NAE_ERA_R-1765_ENSV_Kirjanike_Liit_1945-1955, lk 35
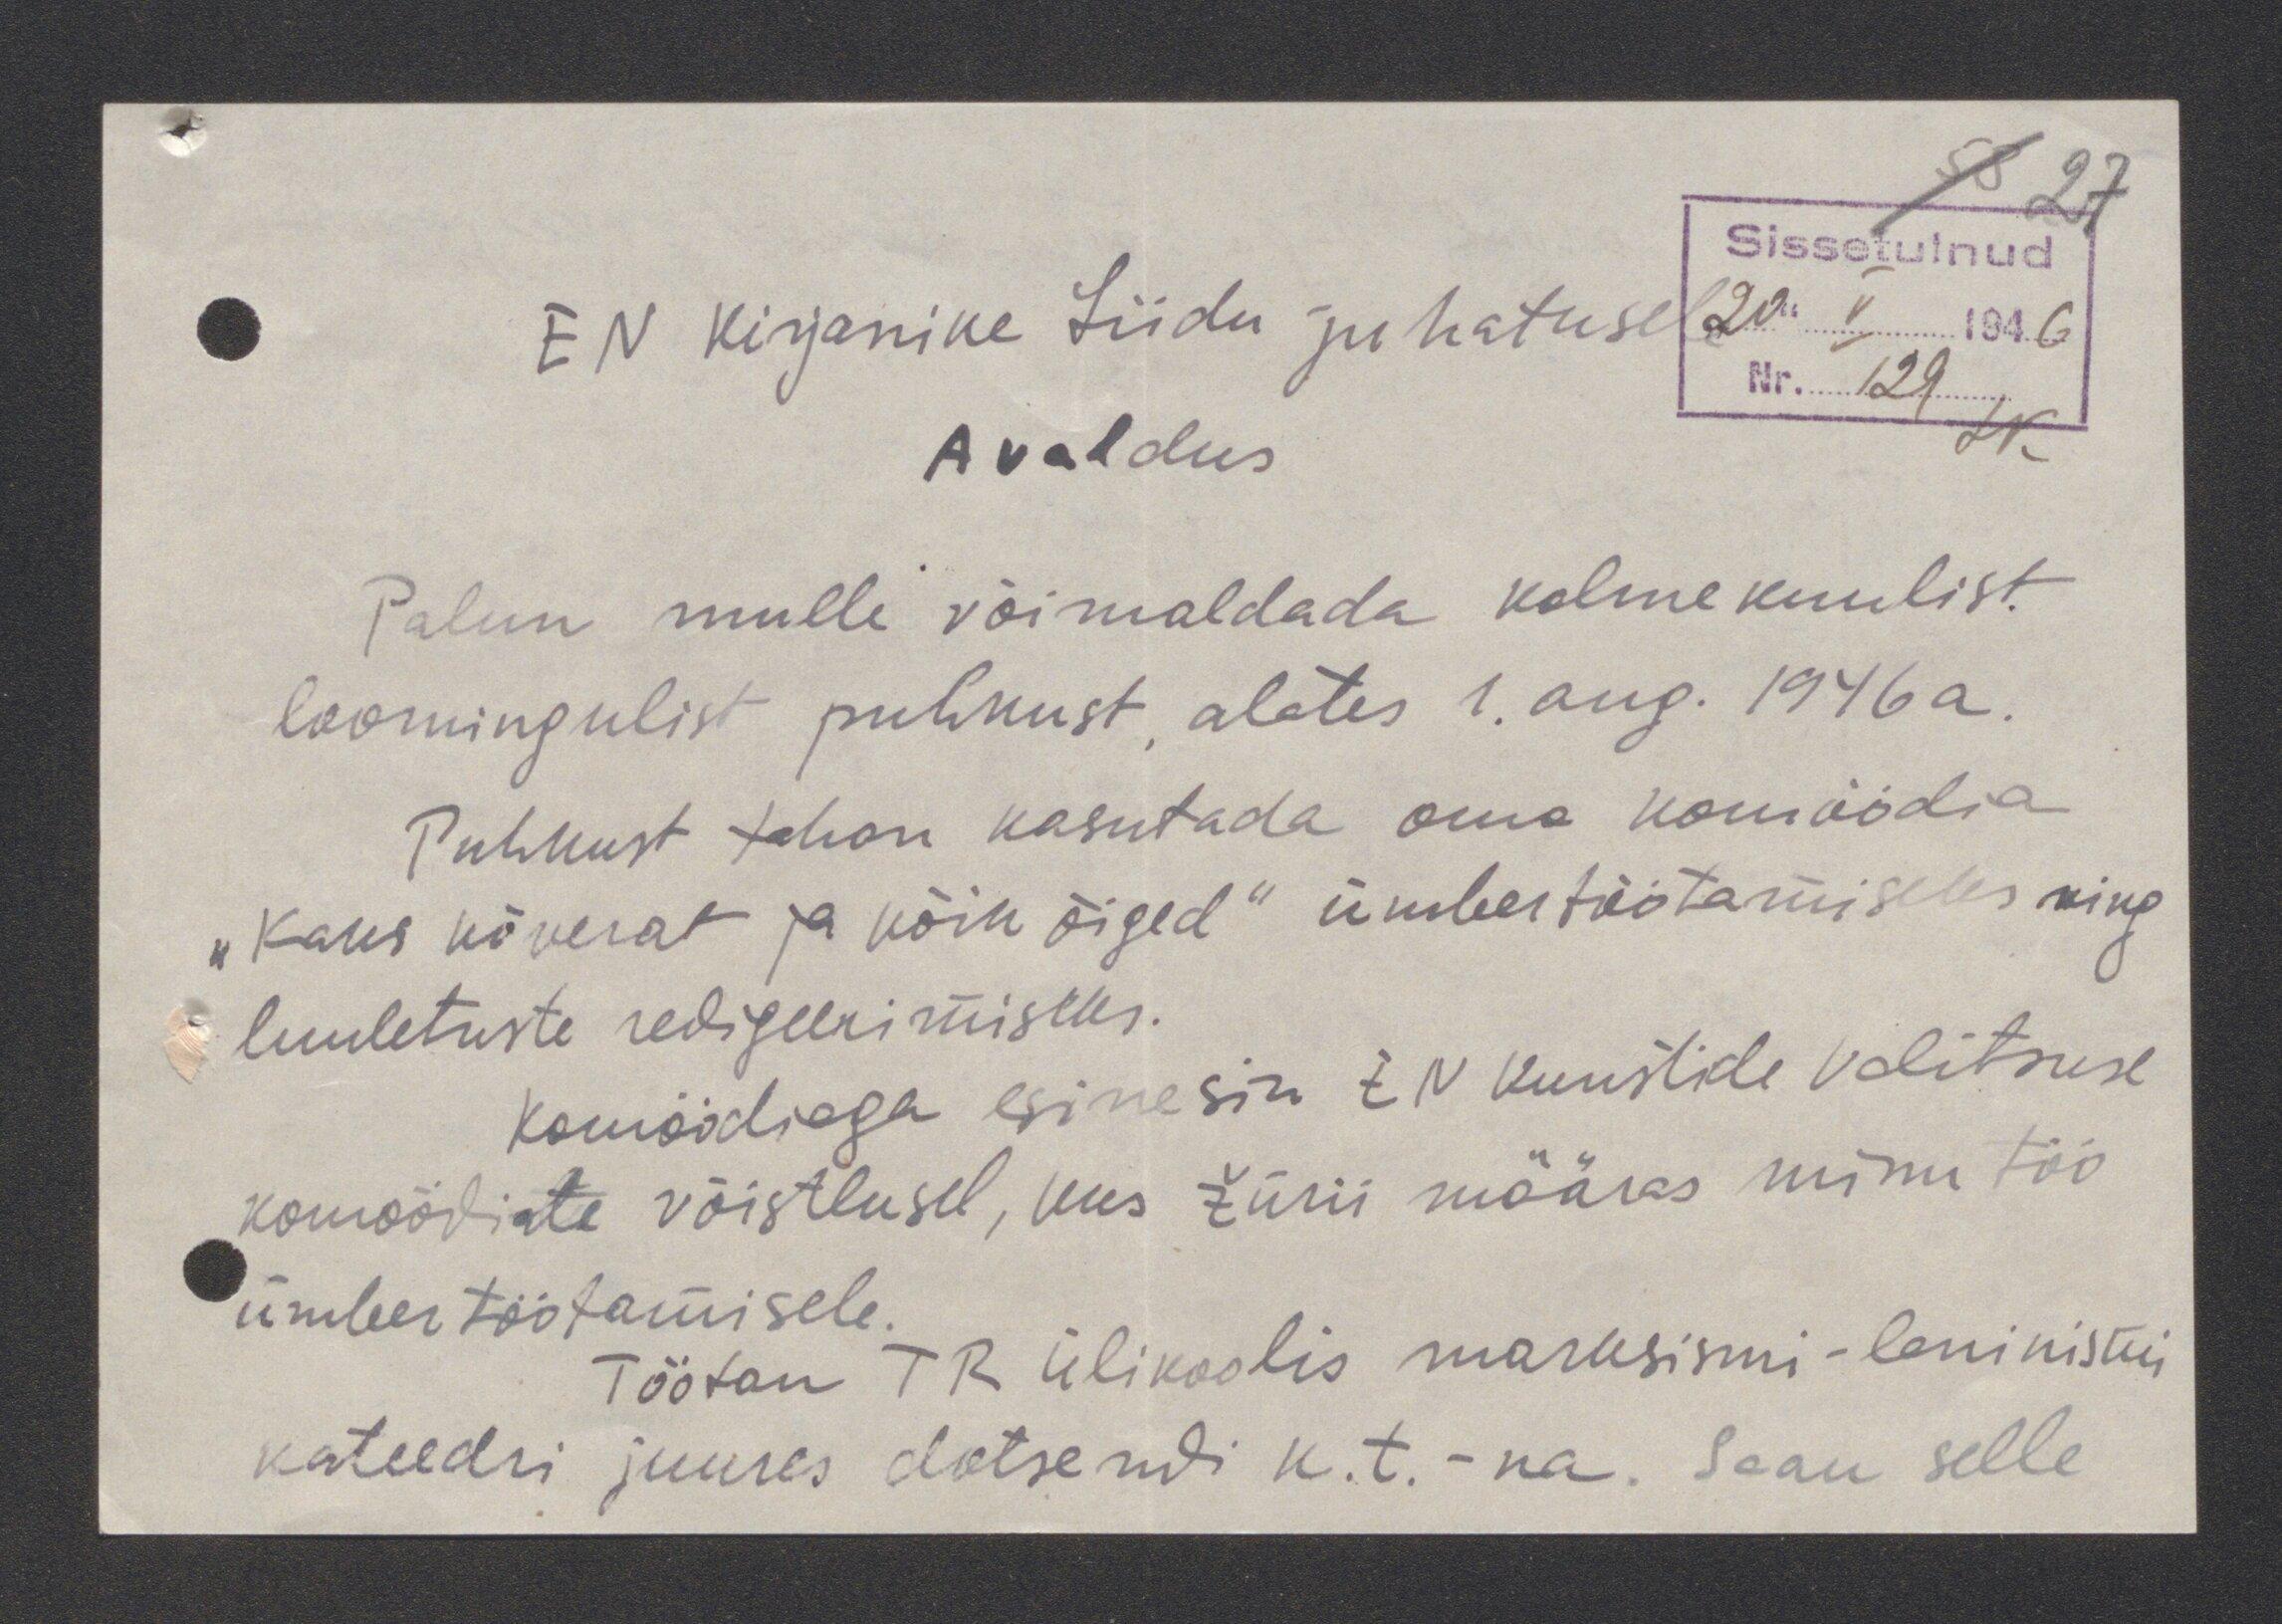
Sissetulnud
E N Kirjanike Liidu juhatusel 20. V 1946
avaldus
Palun mulle võimaldada kolme kuulist
loomingulist puhkust, alates 1. aug. 1946a.
Puhkust tahan kasutada oma komöödia
"Kaks kõverat ja kõik õiged" ümbertöötamiseks ning
Luuletuste redigeerimiseks.
komöödiaga esinesin EN Kunstide Valitsuse
komöödiate võistlusel, kus Žürii määras minu töö
ümbertöötamisele.
Töötan TR Ülikoolis marksismi-leninismi
kateedri juures dotsendi k.t.-na. Saan selle